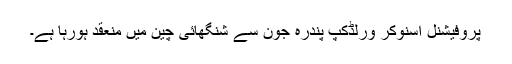
پروفیشنل اسنوکر ورلڈکپ پندرہ جون سے شنگھائی چین میں منعقد ہورہا ہے۔